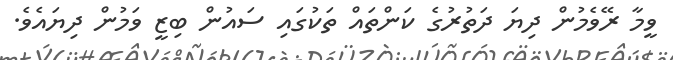
ވީމާ ރޭވެމުން ދިޔަ ދަތުރުގެ ކަންތައް ތަކުގައި ސައުން ބިޒީ ވަމުން ދިޔައެވެ.